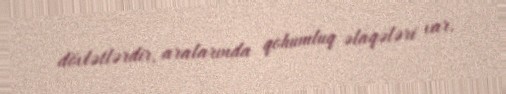
dövlətlərdir, aralarında qohumluq əlaqələri var.